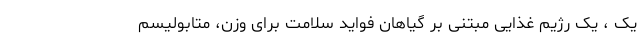
یک ، یک رژیم غذایی مبتنی بر گیاهان فواید سلامت برای وزن، متابولیسم